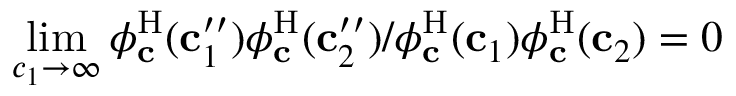
\operatorname* { l i m } _ { c _ { 1 } \to \infty } { \phi _ { \mathbf { c } } ^ { \mathrm { H } } ( \mathbf { c } _ { 1 } ^ { \prime \prime } ) \phi _ { \mathbf { c } } ^ { \mathrm { H } } ( \mathbf { c } _ { 2 } ^ { \prime \prime } ) } / { \phi _ { \mathbf { c } } ^ { \mathrm { H } } ( \mathbf { c } _ { 1 } ) \phi _ { \mathbf { c } } ^ { \mathrm { H } } ( \mathbf { c } _ { 2 } ) } = 0